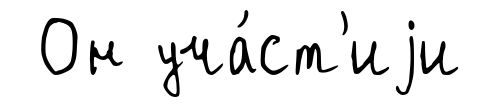
Он уча́ст'иjи